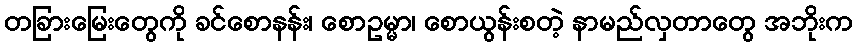
တခြားမြေးတွေကို ခင်စောနန်း၊ စောဥမ္မာ၊ စောယွန်းစတဲ့ နာမည်လှတာတွေ အဘိုးက